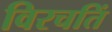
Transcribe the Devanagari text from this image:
विरचतिं